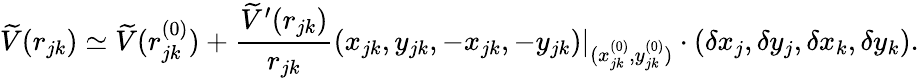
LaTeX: \widetilde{V}(r_{jk})\simeq\widetilde{V}(r_{jk}^{(0)})+\frac{\widetilde{V}^{\prime}(r_{jk})}{r_{jk}}(x_{jk},y_{jk},-x_{jk},-y_{jk})|_{(x_{jk}^{(0)},y_{jk}^{(0)})}\cdot(\delta x_{j},\delta y_{j},\delta x_{k},\delta y_{k}).